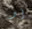
أو